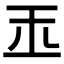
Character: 𤣪